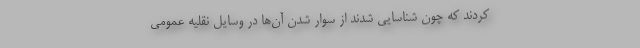
کردند که چون شناسایی شدند از سوار شدن آن‌ها در وسایل نقلیه عمومی